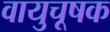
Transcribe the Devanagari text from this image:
वायुचूषक